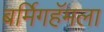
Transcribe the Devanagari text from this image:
बर्मिगहॅमला